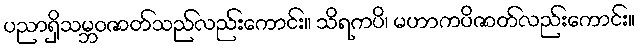
ပညာရှိသမ္ဘဝဇာတ်သည်လည်းကောင်း။ သိရကပိ၊ မဟာကပိဇာတ်လည်းကောင်း။